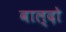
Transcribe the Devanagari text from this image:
वाल्दो